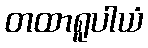
တထာရူပါယံ